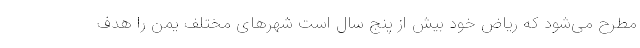
مطرح می‌شود که ریاض خود بیش از پنج سال است شهرهای مختلف یمن را هدف